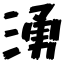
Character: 湧